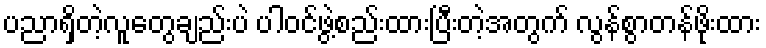
ပညာရှိတဲ့လူတွေချည်းပဲ ပါဝင်ဖွဲ့စည်းထားပြီးတဲ့အတွက် လွန်စွာတန်ဖိုးထား